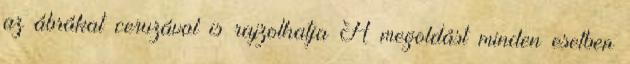
az ábrákat ceruzával is rajzolhatja A megoldást minden esetben